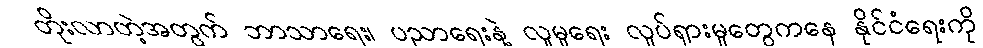
တိုးလာတဲ့အတွက် ဘာသာရေး၊ ပညာရေးနဲ့ လူမှုရေး လှုပ်ရှားမှုတွေကနေ နိုင်ငံရေးကို